Annual report of the Punjab Veterinary College and of the Civil Veterinary Department, Punjab - 1920-1925
Year: 1920
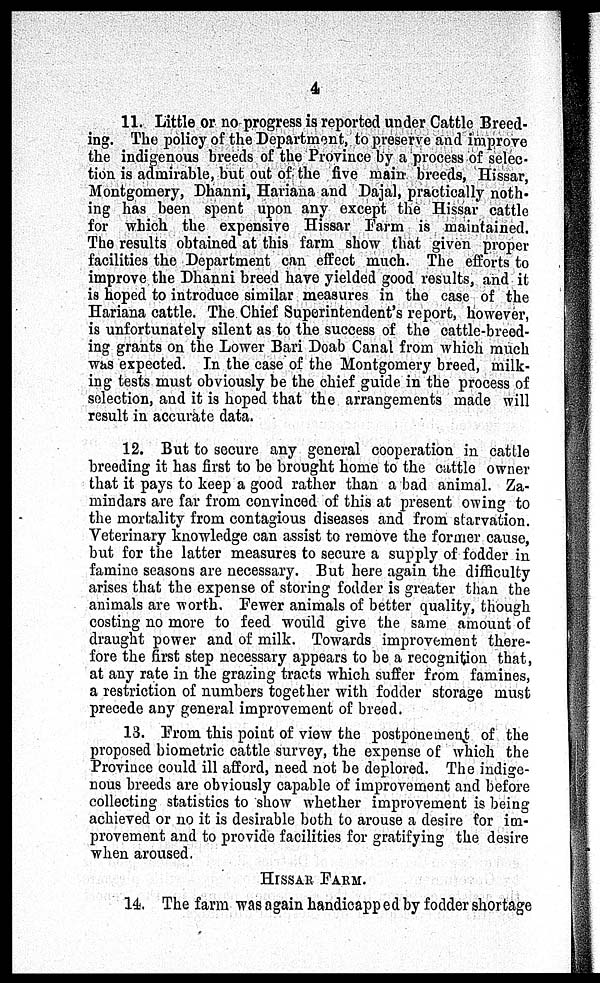
4
11. Little or no progress is reported under Cattle Breed-
ing. The policy of the Department, to preserve and improve
the indigenous breeds of the Province by a process of selec-
tion is admirable, but out of the five main breeds, Hissar,
Montgomery, Dhanni, Hariana and Dajal, practically noth-
ing has been spent upon any except the Hissar cattle
for which the expensive Hissar Farm is maintained.
The results obtained at this farm show that given proper
facilities the Department can effect much. The efforts to
improve the Dhanni breed have yielded good results, and it
is hoped to introduce similar measures in the case of the
Hariana cattle. The Chief Superintendent's report, however,
is unfortunately silent as to the success of the cattle-breed-
ing grants on the Lower Bari Doab Canal from which much
was expected. In the case of the Montgomery breed, milk-
ing tests must obviously be the chief guide in the process of
selection, and it is hoped that the arrangements made will
result in accurate data.
12. But to secure any general cooperation in cattle
breeding it has first to be brought home to the cattle owner
that it pays to keep a good rather than a bad animal. Za-
mindars are far from convinced of this at present owing to
the mortality from contagious diseases and from starvation.
Veterinary knowledge can assist to remove the former cause,
but for the latter measures to secure a supply of fodder in
famine seasons are necessary. But here again the difficulty
arises that the expense of storing fodder is greater than the
animals are worth. Fewer animals of better quality, though
costing no more to feed would give the same amount of
draught power and of milk. Towards improvement there-
fore the first step necessary appears to be a recognition that,
at any rate in the grazing tracts which suffer from famines,
a restriction of numbers together with fodder storage must
precede any general improvement of breed.
13. From this point of view the postponement of the
proposed biometric cattle survey, the expense of which the
Province could ill afford, need not be deplored. The indige-
nous breeds are obviously capable of improvement and before
collecting statistics to show whether improvement is being
achieved or no it is desirable both to arouse a desire for im-
provement and to provide facilities for gratifying the desire
when aroused.
HISSAR FARM.
14. The farm was again handicapped by fodder shortage